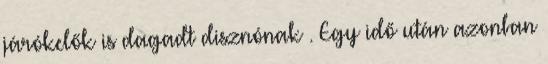
járókelők is dagadt disznónak . Egy idő után azonban